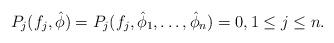
LaTeX: \begin{align*}P_j(f_j, \hat\phi)=P_j(f_j, \hat\phi_1, \ldots, \hat\phi_n)=0, 1 \leq j \leq n.\end{align*}